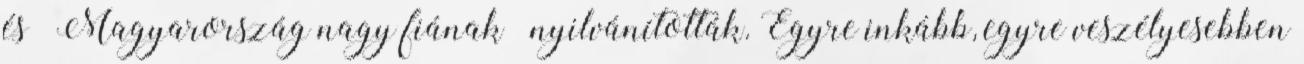
és „Magyarország nagy fiának” nyilvánították. Egyre inkább, egyre veszélyesebben